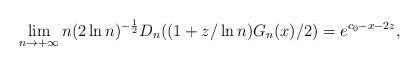
LaTeX: \begin{align*}\lim_{n\to+\infty}n(2\ln n)^{-\frac{1}{2}} D_n((1+z/\ln n)G_n(x)/2)=e^{ c_0-x-2z},\end{align*}